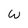
Character: W